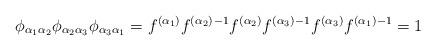
LaTeX: \begin{align*}\phi_{\alpha_1\alpha_2}\phi_{\alpha_2\alpha_3}\phi_{\alpha_3\alpha_1} = f^{(\alpha_1)} f^{(\alpha_2)}{}^{-1} f^{(\alpha_2)} f^{(\alpha_3)}{}^{-1} f^{(\alpha_3)} f^{(\alpha_1)}{}^{-1} = 1\end{align*}